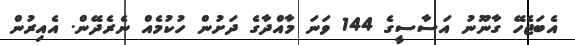
އެބަޖެހޭ ގާނޫނު އަސާސީގެ 144 ވަނަ މާއްދާގެ ދަށުން ހުކުމެއް ނެރެދޭން. އެއިރުން